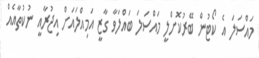
މައްސަލަ އެ ކޯޓުން ބޭރުކޮށްލީ މައްސަލަ ބައްލަވާ ގާޒީ އަމިއްލައަށް އިޖުރާއީ ނުކުތާއެއް